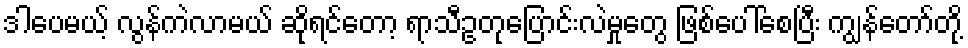
ဒါပေမယ့် လွန်ကဲလာမယ် ဆိုရင်တော့ ရာသီဥတုပြောင်းလဲမှုတွေ ဖြစ်ပေါ်စေပြီး ကျွန်တော်တို့